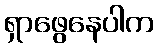
ရှာဖွေနေပါက